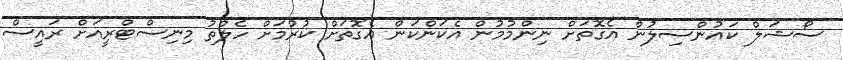
ސޯޝަލް ކައުންސިލުން އެގޮތަށް ނިންމުމުން އެކަންކަން އެގޮތަށް ކުރުމަށް ހެލްތު މިނިސްޓްރީއަށް ރައީސް